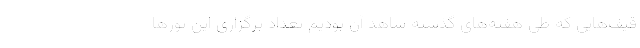
قیف‌هایی که طی هفته‌های گذشته شاهد آن بودیم تعداد برگزاری این تورها